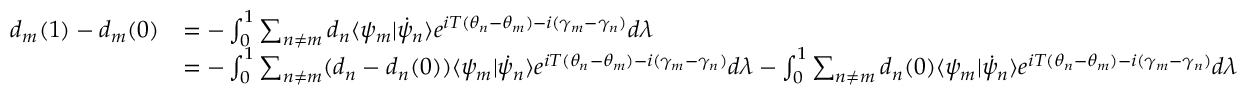
{ \begin{array} { r l } { d _ { m } ( 1 ) - d _ { m } ( 0 ) } & { = - \int _ { 0 } ^ { 1 } \sum _ { n \neq m } d _ { n } \langle \psi _ { m } | { \dot { \psi } } _ { n } \rangle e ^ { i T ( \theta _ { n } - \theta _ { m } ) - i ( \gamma _ { m } - \gamma _ { n } ) } d \lambda } \\ & { = - \int _ { 0 } ^ { 1 } \sum _ { n \neq m } ( d _ { n } - d _ { n } ( 0 ) ) \langle \psi _ { m } | { \dot { \psi } } _ { n } \rangle e ^ { i T ( \theta _ { n } - \theta _ { m } ) - i ( \gamma _ { m } - \gamma _ { n } ) } d \lambda - \int _ { 0 } ^ { 1 } \sum _ { n \neq m } d _ { n } ( 0 ) \langle \psi _ { m } | { \dot { \psi } } _ { n } \rangle e ^ { i T ( \theta _ { n } - \theta _ { m } ) - i ( \gamma _ { m } - \gamma _ { n } ) } d \lambda } \end{array} }